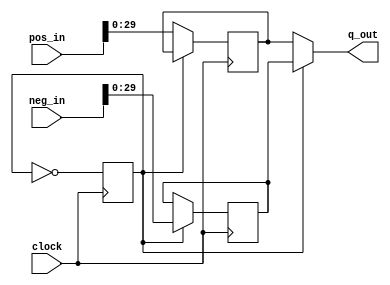
module clocked_mux (pos_in, neg_in, q_out, clock);
// signals for connecting to the Avalon fabric

parameter IN_WIDTH = 32;
parameter OUT_WIDTH = 30;
parameter INVERT = 1;
input clock;
input [IN_WIDTH-1:0] pos_in, neg_in;
output [OUT_WIDTH-1:0] q_out;

reg enable;

(* altera_attribute = "-name AUTO_SHIFT_REGISTER_RECOGNITION OFF" *) (* preserve="true" *) reg [OUT_WIDTH-1:0] data_mid_pos, data_mid_neg;

assign q_out = (INVERT[0]^enable) ? data_mid_pos : data_mid_neg;

always@(posedge clock)begin
	enable<=~enable;
	if(INVERT[0]^enable) begin
		data_mid_pos <= pos_in[OUT_WIDTH-1:0];
	end
	if(!(INVERT[0]^enable)) begin
		data_mid_neg <= neg_in[OUT_WIDTH-1:0];
	end
end

endmodule